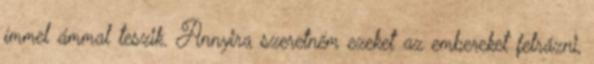
ímmel ámmal teszik. Annyira szeretném ezeket az embereket felrázni,